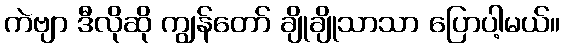
ကဲဗျာ ဒီလိုဆို ကျွန်တော် ချိုချိုသာသာ ပြောပါ့မယ်။